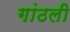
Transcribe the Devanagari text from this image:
गांठली